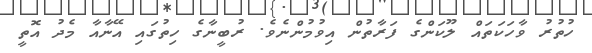
ހުތުރު ވާހަކަތައް ލޫކަންގެ ފަރާތުން އިވުމުންނެވެ. ރުބީނާގެ ހިތުގައި އޭނާއާ މެދު އޮތީ